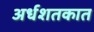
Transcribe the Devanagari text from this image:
अर्धशतकात